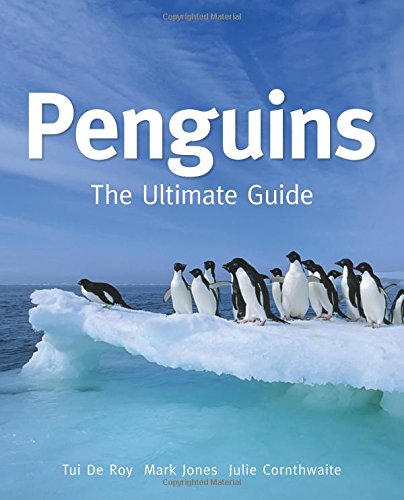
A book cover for Penguins: The Ultimate Guide; Tui De Roy; Science & Math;